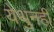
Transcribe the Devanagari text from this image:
येथुनही